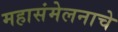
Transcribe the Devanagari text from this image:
महासंमेलनाचे